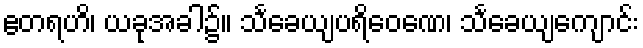
ဧတရဟိ၊ ယခုအခါ၌။ သင်္ခေယျပရိဝေဏေ၊ သင်္ခေယျကျောင်း